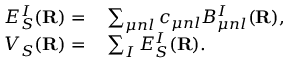
\begin{array} { r l } { E _ { S } ^ { I } ( { \bf R } ) = } & { { } \sum _ { \boldsymbol { \mu n l } } c _ { \boldsymbol { \mu n l } } B _ { \boldsymbol { \mu n l } } ^ { I } ( { \bf R } ) , } \\ { V _ { S } ( { \bf R } ) = } & { { } \sum _ { I } E _ { S } ^ { I } ( { \bf R } ) . } \end{array}